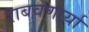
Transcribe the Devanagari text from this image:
राबवणार्या